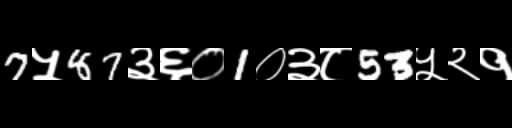
Text: 7५87३६०1०३८53५२१